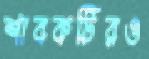
শাবকটিরও